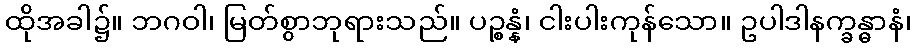
ထိုအခါ၌။ ဘဂဝါ၊ မြတ်စွာဘုရားသည်။ ပဉ္စန္နံ၊ ငါးပါးကုန်သော။ ဥပါဒါနက္ခန္ဓာနံ၊